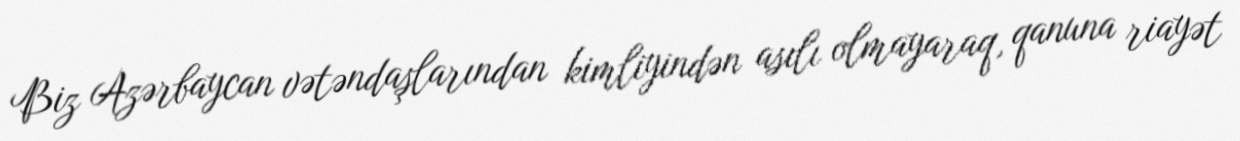
Biz Azərbaycan vətəndaşlarından kimliyindən asılı olmayaraq, qanuna riayət